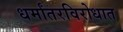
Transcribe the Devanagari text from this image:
धर्मांतरविरोधात